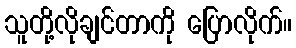
သူတို့လိုချင်တာကို ပြောလိုက်။